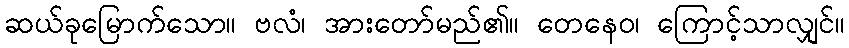
ဆယ်ခုမြောက်သော။ ဗလံ၊ အားတော်မည်၏။ တေနေဝ၊ ကြောင့်သာလျှင်။